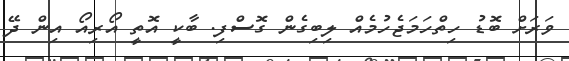
ވަރަށް ބޮޑު ހިތްހަމަޖެހުމެއް ލިބިގެން ގޮސްފި. ބާކީ އޮތީ އޯރިއޯ އިން ދޭ